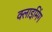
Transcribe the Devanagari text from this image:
क्लाइमिंग